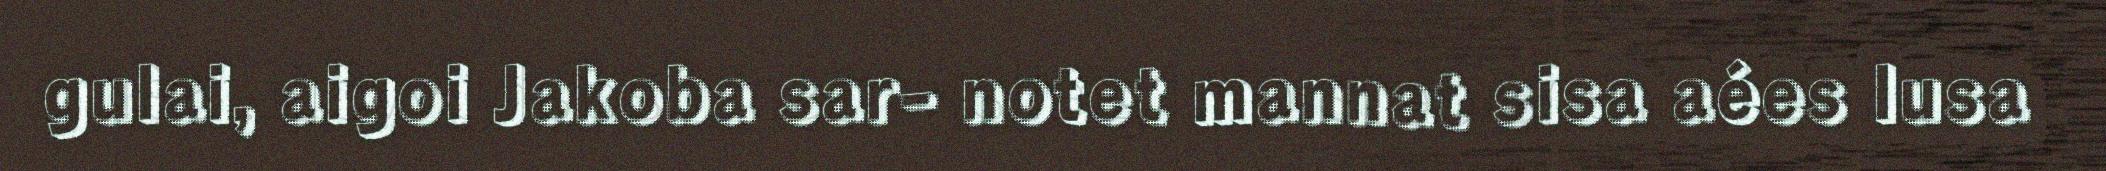
gulai, aigoi Jakoba sar- notet mannat sisa aées lusa